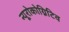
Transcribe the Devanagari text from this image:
न्यूरोकोग्निटिव